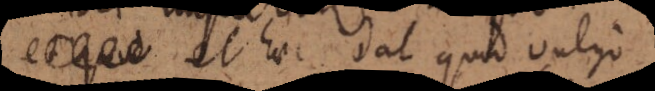
et haec dat quod vulgo